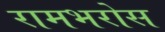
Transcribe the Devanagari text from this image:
रामभरोस